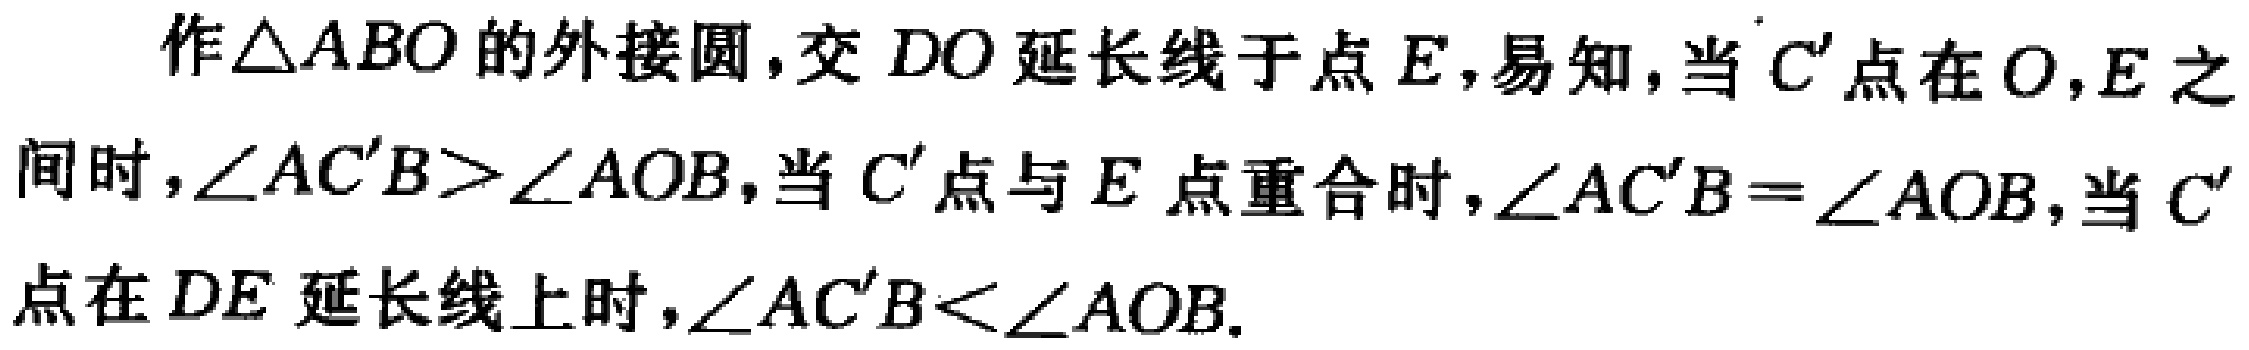
作\(\triangle ABO\)的外接圆，交\(DO\)延长线于点\(E\)，易知，当\(C'\)点在\(O,E\)之间时，\(\angle AC'B>\angle AOB\)，当\(C'\)点与\(E\)点重合时，\(\angle AC'B = \angle AOB\)，当\(C'\)点在\(DE\)延长线上时，\(\angle AC'B<\angle AOB\).